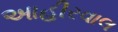
આહીરવાલ